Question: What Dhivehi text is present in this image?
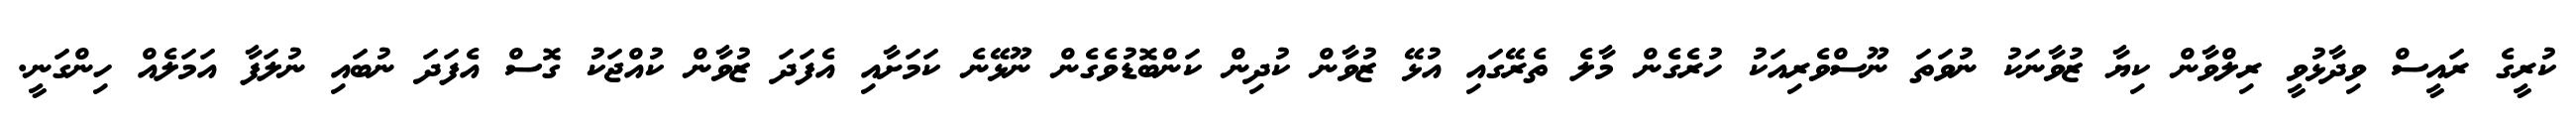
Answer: ކުރީގެ ރައީސް ވިދާޅުވީ ރިލްވާން ކިޔާ ޒުވާނަކު ނުވަތަ ނޫސްވެރިއަކު ހުރެގެން މާލެ ތެރޭގައި އުޅޭ ޒުވާން ކުދިން ކަންބޮޑުވެގެން ނޫޅޭނެ ކަމަށާއި އެފަދަ ޒުވާން ކުއްޖަކު ގޮސް އެފަދަ ނުބައި ނުލަފާ އަމަލެއް ހިންގަނީ.